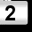
Digit: 2